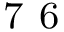
^ \mathrm { ~ 7 ~ 6 ~ }